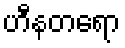
ဟီနတရော